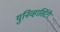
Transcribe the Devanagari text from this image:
युनिव्हार्सिटी